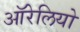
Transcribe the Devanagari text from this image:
ऑरेलियो